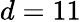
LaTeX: d=11